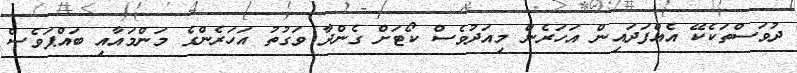
ދުވަސްތަކެކޭ އެއްފަދައިން އަހަރެން މިއަދުވެސް ކޯޓަށް ގެންދާ ވަގުތު އަހަރެންގެ މަންމައާއި ބައްޕަވެސް